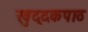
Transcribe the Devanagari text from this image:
खुद्दकपाठ